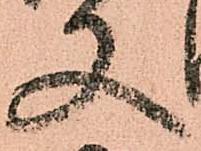
又